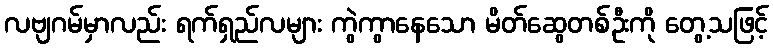
လဗျဂမ်မှာလည်း ရက်ရှည်လများ ကွဲကွာနေသော မိတ်ဆွေတစ်ဦးကို တွေ့သဖြင့်